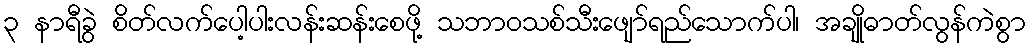
၃ နာရီခွဲ စိတ်လက်ပေါ့ပါးလန်းဆန်းစေဖို့ သဘာဝသစ်သီးဖျော်ရည်သောက်ပါ၊ အချိုဓာတ်လွန်ကဲစွာ